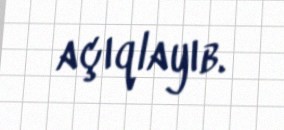
açıqlayıb.